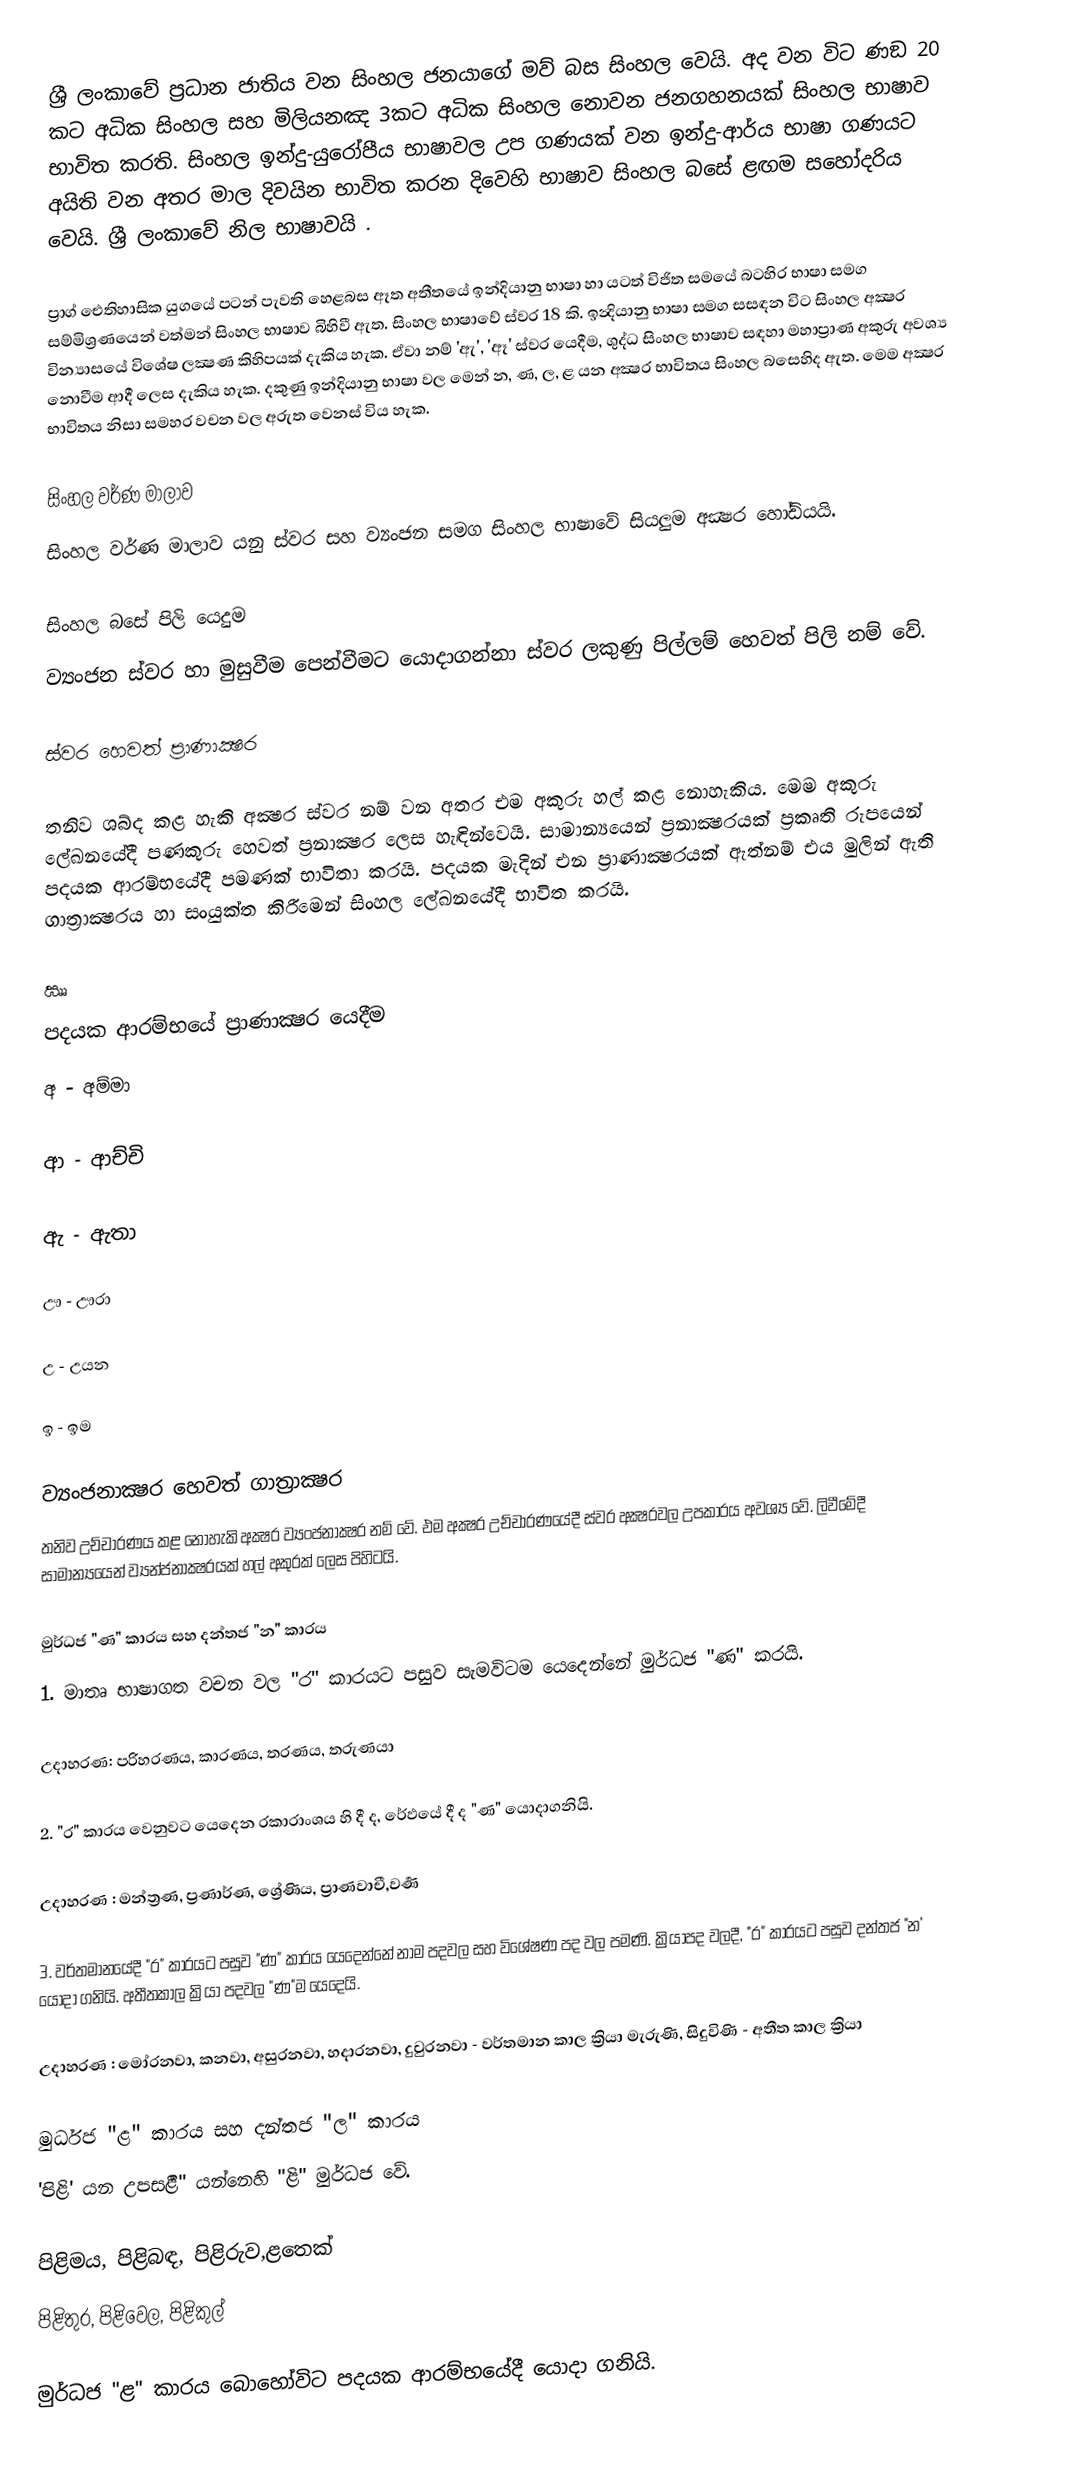
ශ්‍රී ලංකාවේ ප්‍රධාන ජාතිය වන සිංහල ජනයාගේ මව් බස සිංහල වෙයි. අද වන විට ණඞ 20 කට අධික සිංහල සහ මිලියනඤ 3කට අධික සිංහල නොවන ජනගහනයක් සිංහල භාෂාව භාවිත කරති. සිංහල‍ ඉන්දු-යුරෝපීය භාෂාවල උප ගණයක් වන ඉන්දු-ආර්ය භාෂා ගණයට අයිති වන අතර මාල දිවයින භාවිත කරන දිවෙහි භාෂාව සිංහල බසේ ළඟම සහෝදරිය වෙයි. ශ්‍රී ලංකාවේ නිල භාෂාවයි .

ප්‍රාග් ඓතිහාසික යුගයේ පටන් පැවති හෙළබස ඈත අතීතයේ ඉන්දියානු භාෂා හා යටත් විජිත සමයේ බටහිර භාෂා සමග සම්මිශ්‍රණයෙන් වත්මන් සිංහල භාෂාව බිහිවී ඇත. සිංහල භාෂාවේ ස්වර 18 කි. ඉන්‍දියානු භාෂා සමග සසඳන විට සිංහල  අක්‍ෂර වින්‍යාසයේ විශේෂ ලක්‍ෂණ කිහිපයක් දැකිය හැක. ඒවා නම් 'ඇ', 'ඈ' ස්වර යෙදීම, ශුද්ධ සිංහල භාෂාව සඳහා මහාප්‍රාණ  අකුරු අවශ්‍ය නොවීම  ආදී ලෙස දැකිය හැක. දකුණු ඉන්දියානු භාෂා වල මෙන් න, ණ, ල, ළ යන අක්‍ෂර භාවිතය සිංහල බසෙහිද ඇත. මෙම අක්‍ෂර භාවිතය නිසා සමහර වචන වල අරුත වෙනස් විය හැක.

සිංහල වර්ණ මාලාව
සිංහල වර්ණ මාලාව යනු ස්වර සහ ව්‍යංජන සමග සිංහල භාෂාවේ සියලුම අක්‍ෂර හෝඩියයි.

සිංහල බසේ පිලි යෙදුම
ව්‍යංජන ස්වර හා මුසුවීම පෙන්වීමට යොදාගන්නා ස්වර ලකුණු පිල්ලම් හෙවත් පිලි නම් වේ.

ස්වර හෙවත් ප්‍රාණාක්‍ෂර

තනිව ශබ්ද කළ හැකි අක්‍ෂර ස්වර නම් වන අතර එම අකුරු හල් කළ නොහැකිය. මෙම අකුරු ලේඛනයේදී පණකුරු හෙවත් ප්‍රනාක්‍ෂර ලෙස හැඳින්වෙයි. සාමාන්‍යයෙන් ප්‍රනාක්‍ෂරයක් ප්‍රකෘති රුපයෙන් පදයක ආරම්භයේදී පමණක් භාවිතා කරයි. පදයක මැදින් එන ප්‍රාණාක්‍ෂරයක් ඇත්නම් එය මුලින් ඇති ගාත්‍රාක්‍ෂරය හා සංයුක්ත කිරීමෙන් සිංහල ලේඛනයේදී භාවිත කරයි.

ඎ
 පදයක ආරම්භයේ ප්‍රාණාක්‍ෂර යෙදීම
අ - අම්මා

ආ - ආච්චි

ඇ - ඇතා

ඌ - ඌරා

උ - උයන

ඉ - ඉම

ව්‍යංජනාක්‍ෂර හෙවත් ගාත්‍රාක්‍ෂර
තනිව උච්චාරණය කළ නොහැකි අක්‍ෂර ව්‍යංජනාක්‍ෂර නම් වේ. එම අක්‍ෂර උච්චාරණයේදී ස්වර අක්‍ෂරවල උපකාරය අවශ්‍ය වේ. ලිවීමේදී සාමාන්‍යයෙන් ව්‍යන්ජනාක්‍ෂරයක් හල් අකුරක් ලෙස පිහිටයි.

මුර්ධජ "ණ" කාරය සහ දන්තජ "න" කාරය
1. මාතෘ භාෂාගත වචන වල "ර" කාරයට පසුව සැමවිටම යෙදෙන්නේ මුර්ධජ "ණ" කරයි.

උදාහරණ: පරිහරණය, කාරණය, තරණය, තරුණයා

2. "ර" කාරය වෙනුවට යෙදෙන රකාරාංශය හි දී ද, රේඵයේ දී ද "ණ" යොදාගනියි.

උදාහරණ : මන්ත්‍රණ, ප්‍රණාර්ණ, ශ්‍රේණිය, ප්‍රාණවාචී,වර්‍ණ

3. වර්තමානයේදී "ර" කාරයට පසුව "ණ" කාරය යෙදෙන්නේ නාම පදවල සහ විශේෂණ පද වල පමණි. ක්‍රියාපද වලදී, "ර" කාරයට පසුව දන්තජ "න' යොදා ගනියි. අතීතකාල ක්‍රියා පදවල "ණ"ම යෙදෙයි.

උදාහරණ : මෝරනවා, කනවා, අසුරනවා, හදාරනවා, දුවුරනවා - වර්තමාන කාල ක්‍රියා     මැරුණි, සිදුවිණි - අතීත කාල ක්‍රියා

මුර්ධජ "ළ"  කාරය සහ දන්තජ "ල" කාරය
'පිළි' යන උපසර්‍ළි" යන්නෙහි "ළි" මුර්ධජ වේ.

පිළිමය, පිළිබඳ, පිළිරුව,ළතෙක්
 පිළිතුර, පිළිවෙල, පිළිකුල්

මුර්ධජ "ළ" කාරය බොහෝවිට පදයක ආරම්භයේදී යොදා ගනියි.